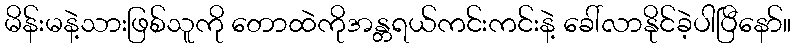
မိန်းမနဲ့သားဖြစ်သူကို တောထဲကိုအန္တရယ်ကင်းကင်းနဲ့ ခေါ်လာနိုင်ခဲ့ပါပြီနော်။